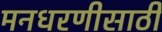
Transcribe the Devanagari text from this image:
मनधरणीसाठी